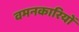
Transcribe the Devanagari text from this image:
वमनकारियों